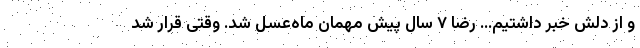
و از دلش خبر داشتیم… رضا ۷ سال پیش مهمان ماه‌عسل شد. وقتی قرار شد